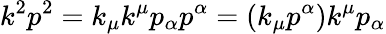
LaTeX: k^{2}p^{2}=k_{\mu}k^{\mu}p_{\alpha}p^{\alpha}=(k_{\mu}p^{\alpha})k^{\mu}p_{\alpha}